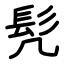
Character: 髠